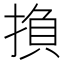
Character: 𢰺